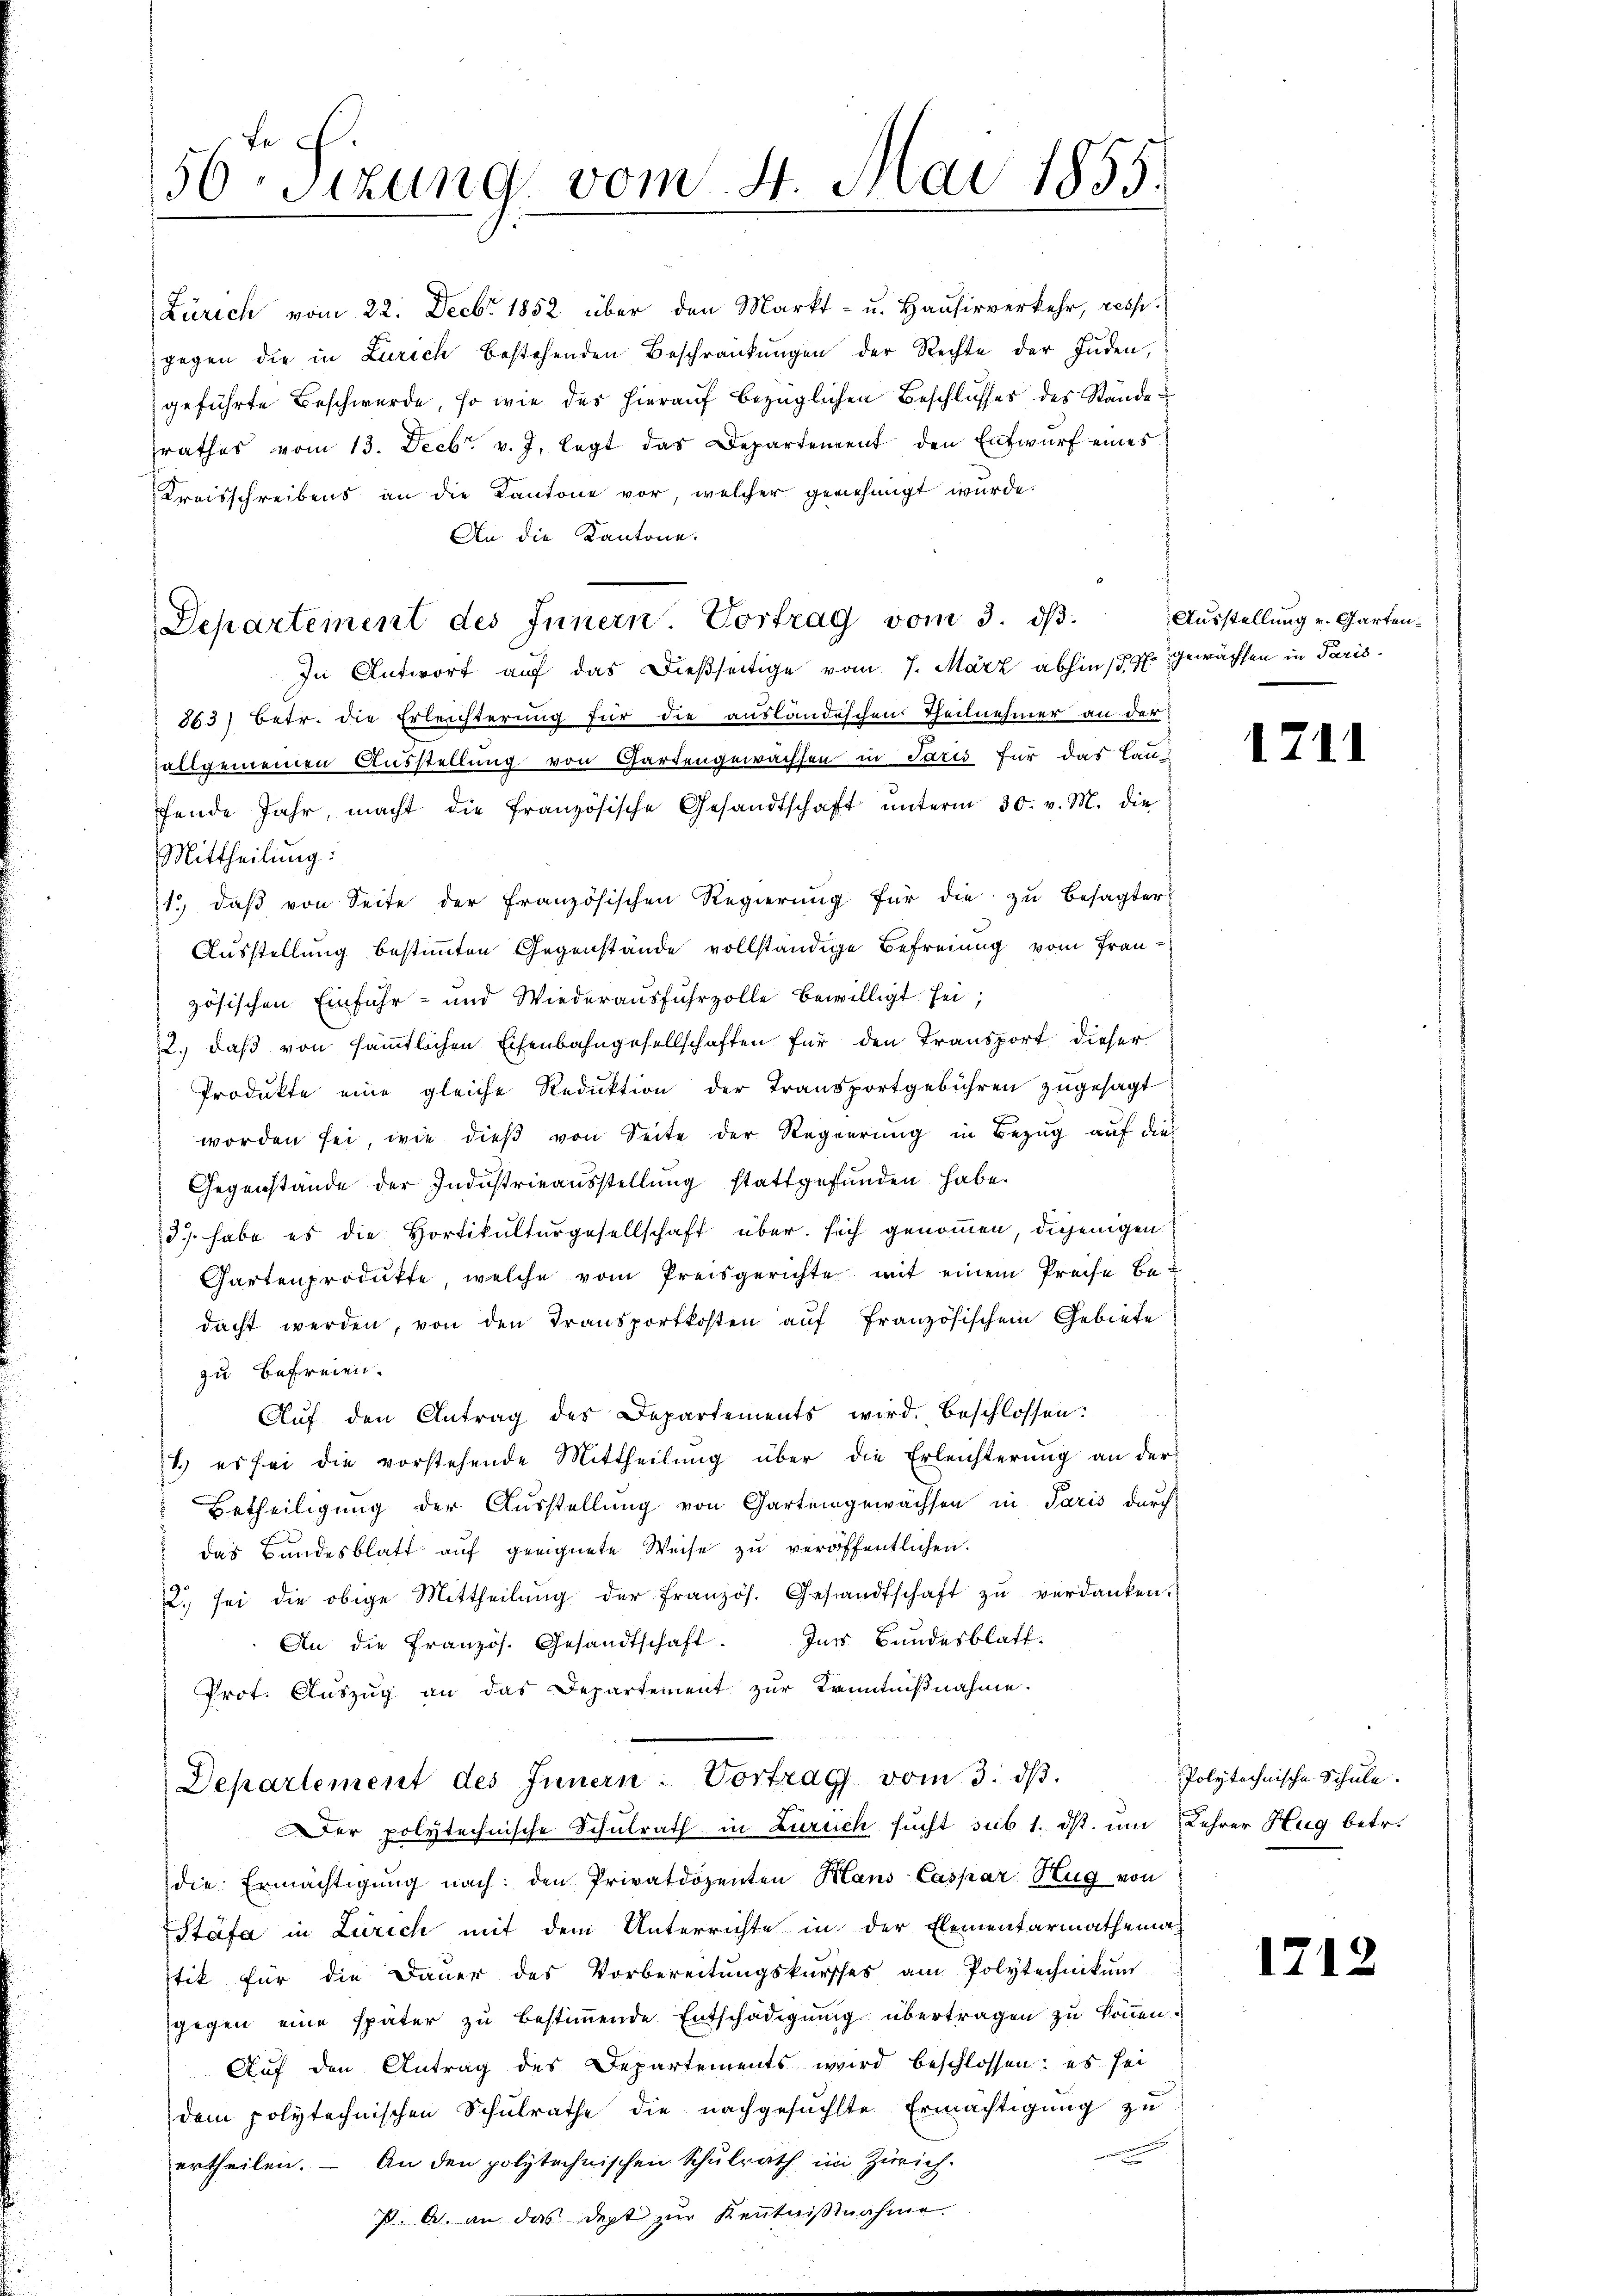
Zürich vom 22. Decbr 1852 über den Markt- u. Hausirverkehr, resp.
gegen die in Zürich bestehenden Beschränkungen der Rechte der Juden,
geführte Beschwerde, so wie des hierauf bezüglichen Beschlusses des Stände
rathes vom 13. Decbr. v. J. legt das Departement den Entwurf eines
Kreisschreibens an die Kantone vor, welcher genehmigt wurde.
An die Kantone.

tec.
56. Sitzung vom 4. d. Mai 1855.

Departement des Innern. Vortrag vom 3. dβ.
In Antwort auf das Dießseitige vom 7. März abhin 157. Gewächsen in Paris¬

563) Betr. die Erleichterung für die ausländischen Theilnehmer an der
zallgemeinen Ausstellung von Gartengewachsen in Paris für das Lanfende Jahr, macht die französische Gesandtschaft ŭnterm 30. v. M. die
Mittheilung:
1. daβ von Seite der französischen Regierŭng für die zu besagter
Ausstellung bestimmten Gegenstände vollständige Befreiung vom Französischen Einfuhr- und Wiederausfuhrzolle bewilligt sei;
2.) daß von sämmtlichen Eisenbahngesellschaften für den Transport dieser
Produkte eine gleiche Reduktion der Transportgebühren zugesagt
worden sei, wie dieß von Seite der Regierung in Bezug auf die
Gegenstände der Industrieausstellung stattgefunden habe.
3) habe es die Hortikulturgesellschaft über sich genommen, diejenigen
Gartenprodukte welche vom Preisgerichte mit einem Preise bedacht werden, von den Transportkosten auf französischem Gebiete
zu befreien.
Aŭf den Antrag des Departements wird beschlossen:
1.) es sei die vorstehende Mittheilung über die Erleichterung an der
Betheiligung der Ausstellung von Gartengewächsen in Paris durch
das Bundesblatt auf geeignete Weise zu veröffentlichen.
2. sei die obige Mittheilŭng der französ. Gestandtschaft zŭ verdanken.
Ins Bundesblatt.
An die Französ. Gesandtschaft.
Prot. Auszug an das Departement zur Kenntnißnahme.

Departement des Innern: Vortrag vom 3. dβ.
Der polytechnische Schulrath in Zürich sucht sub 1. ds. um Lehrer Hug betr.

die Ermächtigung nach: den Privatdozenten Mans Caspar Zug von
Stäfa in Zürich mit dem Unterrichte in der Elementarmathema-
stik für die Daŭer des Vorbereitŭngskŭrsches am Polytechnikŭm
gegen eine später zu bestimmende Entschädigung übertragen zu können.
Auf den Antrag des Departements wird beschlossen: es sei
dem polytechnischen Schulrathe die nachgesuchte Ermächtigung zu
e
ertheilen. – An den polytechnischen Schulrath im Zürich-
P. A. an das dept zur Kenntnißnahme

Ausstellung v. Garten¬

1711

Polytechnische Schule.

1712